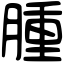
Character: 腫